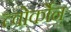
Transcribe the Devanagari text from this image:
त्वोर्कोन